Cholera in India, 1862 to 1881
Year: 1862
Disease focus: Cholera
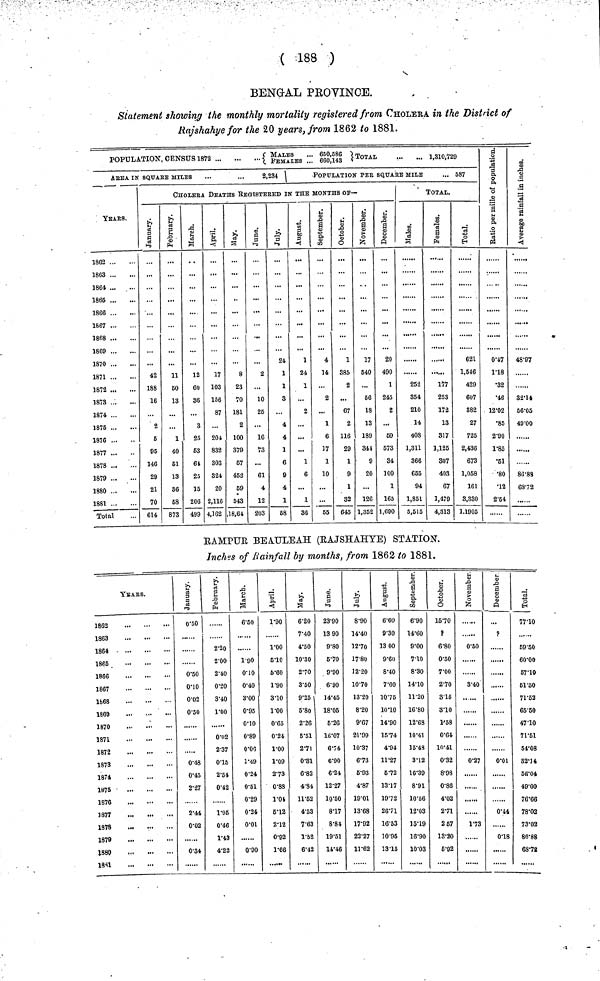
( 188 )
BENGAL PROVINCE.
Statement showing the monthly mortality registered from CHOLERA in the District of
Rajshahye for the 20 years, from 1862 to 1881.
POPULATION, CENSUS 1872
{ MALES FEmal es ... 650, 586 660, 143 ".'
TOTAL
1,310,729
AREA IN SQUARE MILES
...
...
2,234
YEARS.
1862
1863
1864
1866
1866
1867
1868
1869
1870
1871
1872
1873
1874
1875
1876
1877
1878
1879
1880
1881
Total
POPULATION PER SQUARE MILE
... 587
CHOLERA DEATHS REGISTERED IN THE MONTHS Of—
January.
42
188
16
2
5
95
146
29
21
70
614
February.
11
50
13
...
1
40
51
13
86
68
873
March.
12
60
86
3
25
63
61
25
15
206
499
April.
17
103
156
87
204
832
303
324
20
2,116
4,162
May.
8
23
70
181
2
100
379
57
452
59
543
18,64
June.
2
...
10
25
...
16
73
...
61
4
12
203
July.
24
1
1
3
...
4
4
1
6
9
4
1
58
August.
1
24
1
2
...
...
1
6
...
1
36
September.
4
14
2
1
6
17
1
10
55
October.
1
385
2
...
67
2
116
29
1
9
1
32
645
November.
17
540
...
66
18
13
189
344
9
20
...
126
1,352
December.
20
490
1
245
2
69
573
34
100
1
165
1,090
TOTAL.
Males.
252
854
210
14
408
1,311
366
655
94
1,851
5,515
Females.
177
253
172
13
317
1,125
807
403
67
1,479
4,313
Total.
621
1,546
429
607
882
27
725
2,436
673
1,058
161
8,330
1.1905
Ratio per mi
of populatio
0.47
1.18
•32
•46
12.02
•85
2.90
1.85
•61
•80
•12
2.64
Average rainfall
in inches.
48.97
32.14
56.05
49.00
,
86.88
68.72
RAMPUR BEAULEAH (RAJSHAHYE) STATION.
Inches of Rainfall by months, from 1862 to 1881.
YEARS.
1862
1863
1864
1865
1866
1867
1868
1869
1870
1871
1872
1873
1874
1875
1876
1877
1878
1879
1880
1881
0.50
0.50
0.10
0.02
0.50
0.48
0.45
2.27
2.44
0.02
0.34
February.
2.20
2.00
2.40
0.20
3.40
1.00
0.02
2.37
0.15
2.54
0.42
1.95
0.46
1.43
4.22
March.
6.50
1.90
0.10
0.40
3.00
0.95
0.10
0.89
0.06
1.49
0.24
0.51
0.29
0.24
0.01
090
April.
1.90
1.00
5.10
5.60
1.90
3.10
1.00
0.65
0.24
1.00
1.09
2.73
0.88
1.04
5.12
2.12
0.92
1.66
May.
6.20
7.40
4.50
10.30
2.70
3.50
9.25
5.80
2.26
5.51
2.7l
0.31
6.82
4.34
11.52
4.53
7.63
1.52
6.42
June.
23.90
13 90
9.80
5.70
9.90
6.90
14.45
18.05
5.26
16.07
6.74
6.90
6.24
12.27
10.50
8.17
8.84
19.51
14.46
July.
8.90
14.40
12.70
17.80
12.20
10.70
13.20
8.20
9.67
21.99
10.37
6.73
5.93
4.87
19.01
13.68
17.92
22.27
11.62
August.
6.60
9.30
13 00
9.60
8.40
7.60
10.75
10.10
14.90
15.74
4.94
11.27
6.72
13.17
19.72
26.71
16.53
10.95
13.15
September.
6.90
14.60
9.00
7.10
8.30
14.10
11.20
16.80
12.68
10.341
15.43
3.12
16.39
8.91
10.56
12.03
15.19
16.90
10.03
October.
15.70
?
6.80
0.50
7.00
2.70
3.15
3.10
1.58
0.64
10.41
0.32
8.98
0.86
4.02
2.71
2.57
13.30
5.92
November.
0.50
3.40
0.27
1.73
December.
?
0.01
0.44
......
0.18
Total.
77.10
59.50
60.00
57.10
51.50
71.52
65.50
47.10
71.51
54.08
32.14
56.04
49.00
76.66
78.02
73.02
86.88
68.72